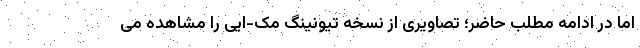
اما در ادامه مطلب حاضر؛ تصاویری از نسخه تیونینگ مک-ایی را مشاهده می